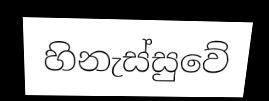
හිනැස්සුවේ